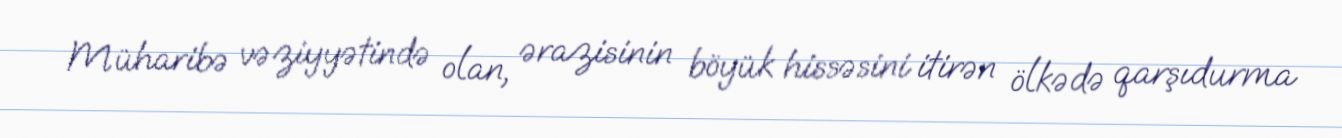
Müharibə vəziyyətində olan, ərazisinin böyük hissəsini itirən ölkədə qarşıdurma